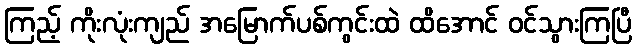
ကြည့် ကိုးလုံးကျည် အမြောက်ပစ်ကွင်းထဲ ထိအောင် ဝင်သွားကြပြီ